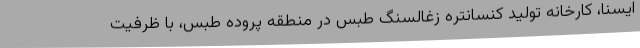
ایسنا، کارخانه تولید کنسانتره زغالسنگ طبس در منطقه پروده طبس، با ظرفیت